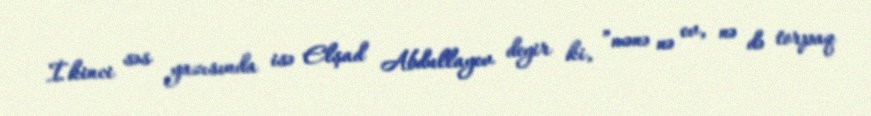
İkinci səs yazısında isə Elşad Abdullayev deyir ki, ”mənə nə ev, nə də torpaq